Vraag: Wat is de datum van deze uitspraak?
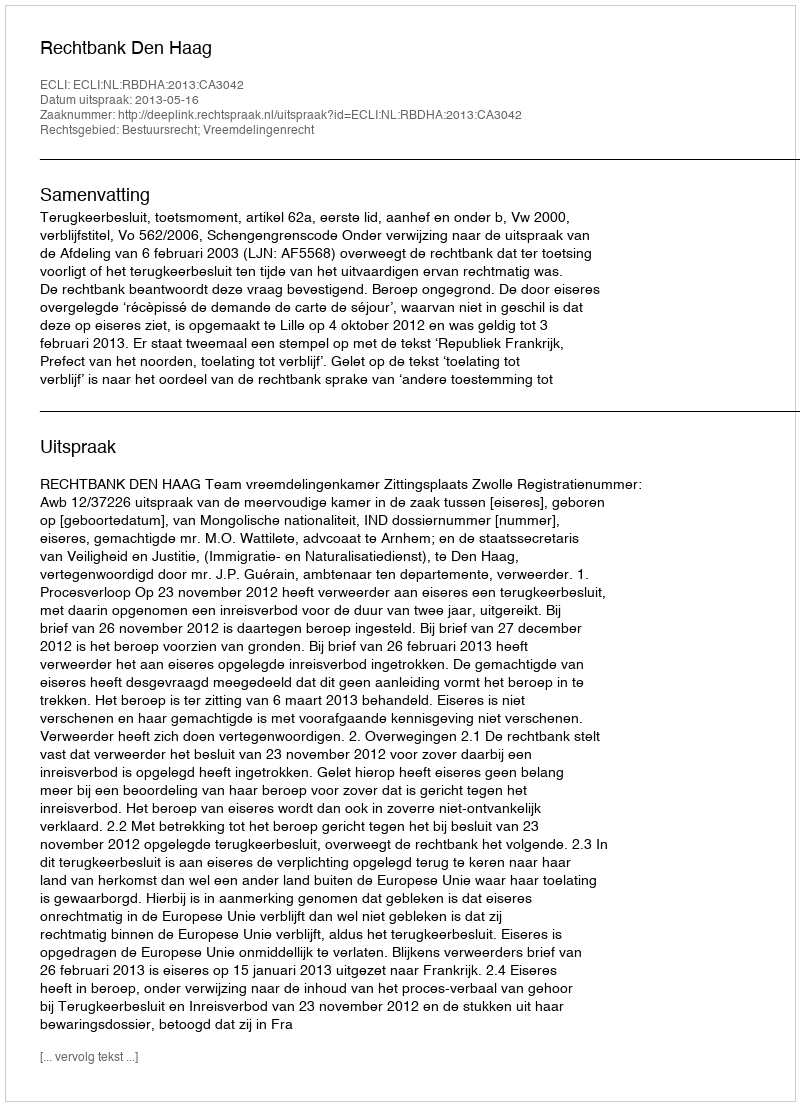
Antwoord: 2013-05-16